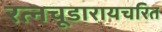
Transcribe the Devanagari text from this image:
रत्नचूडारायचरित